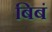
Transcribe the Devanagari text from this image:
बिबं